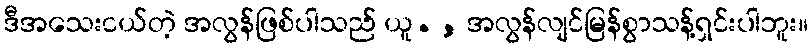
ဒီအသေးငယ်တဲ့ အလွန်ဖြစ်ပါသည် ယူ. , အလွန်လျင်မြန်စွာသန့်ရှင်းပါဘူး။